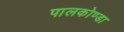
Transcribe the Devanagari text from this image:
पालकोण्डा